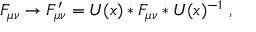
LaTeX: F _ { \mu \nu } \to F _ { \mu \nu } ^ { \prime } = U ( x ) * F _ { \mu \nu } * U ( x ) ^ { - 1 } \ ,